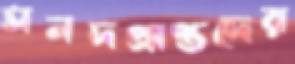
সনদপ্রাপ্তদের